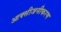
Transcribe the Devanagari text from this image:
आक्सीजनीकरण